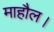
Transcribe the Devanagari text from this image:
माहौल।